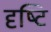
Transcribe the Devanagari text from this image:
दृष्‍टि